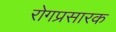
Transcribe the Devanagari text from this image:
रोगप्रसारक